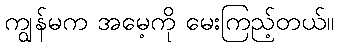
ကျွန်မက အမေ့ကို မေးကြည့်တယ်။